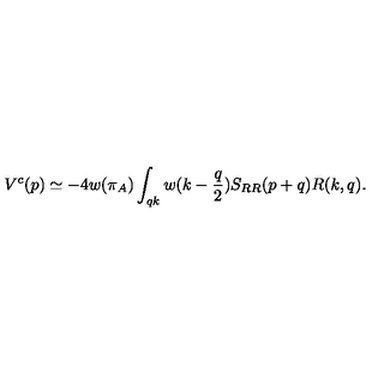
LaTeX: V ^ { c } ( p ) \simeq - 4 w ( \pi _ { A } ) \int _ { q k } w ( k - { \frac { q } { 2 } } ) S _ { R R } ( p + q ) R ( k , q ) .